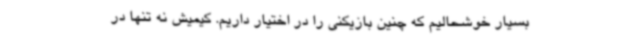
بسیار خوشحالیم که چنین بازیکنی را در اختیار داریم. کیمیش نه تنها در